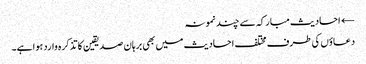
← احادیث مبارکہ سے چند نمونہ
دعاؤں کی طرف مختلف احادیث میں بھی برہان صدیقین کا تذکرہ وارد ہوا ہے۔